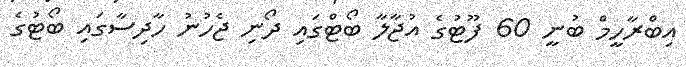
އިބްރާހީމް ބުނީ 60 ފޫޓުގެ އުޖާލާ ބޯޓްގައި ދޯނި ޖެހުނު ހާދިސާގައި ބޯޓުގެ